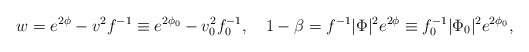
\begin{align*}w =e^{2\phi}-v^2 f^{-1}\equiv e^{2\phi_0}-v_0^2 f_0^{-1}, \quad1-\beta =f^{-1}|\Phi|^2e^{2\phi}\equiv f_0^{-1}|\Phi_0|^2e^{2\phi_0},\end{align*}